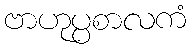
ဗာဟုပ္ပစာလကံ